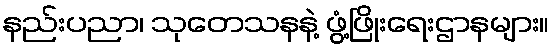
နည်းပညာ၊ သုတေသနနဲ့ ဖွံ့ဖြိုးရေးဌာနများ။